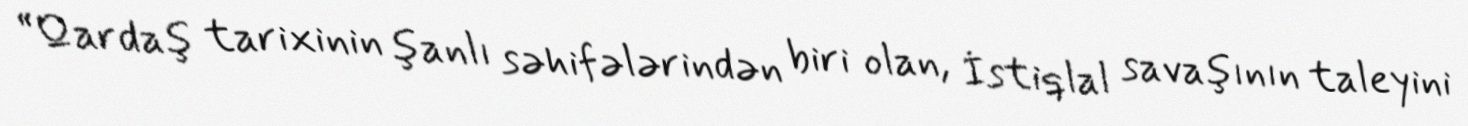
“Qardaş tarixinin şanlı səhifələrindən biri olan, İstiqlal savaşının taleyini